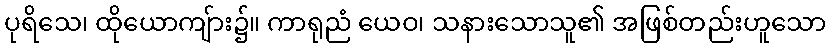
ပုရိသေ၊ ထိုယောကျ်ား၌။ ကာရုညံ ယေဝ၊ သနားသောသူ၏ အဖြစ်တည်းဟူသော